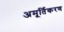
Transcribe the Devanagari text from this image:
अमूर्तिकरण